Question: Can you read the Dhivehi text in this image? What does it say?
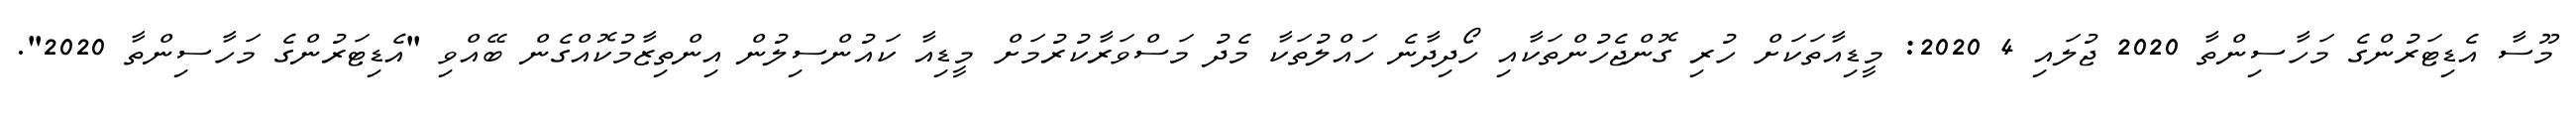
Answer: މޫސާ އެޑިޓަރުންގެ މަހާސިންތާ 2020 ޖުލައި 4 2020: މީޑިއާތަކަށް ހުރި ގޮންޖެހުންތަކާއި ހޯދިދާނެ ހައްލުތަކާ މެދު މަސްވަރާކުރުމަށް މީޑިއާ ކައުންސިލުން އިންތިޒާމުކޮއްގެން ބޭއްވި "އެޑިޓަރުންގެ މަހާސިންތާ 2020".